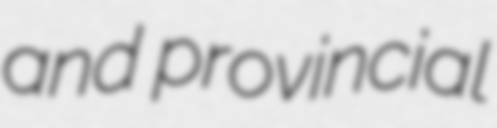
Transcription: and provincial